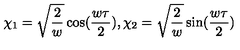
\chi _ { 1 } = \sqrt { \frac { 2 } { w } } \cos ( \frac { w \tau } { 2 } ) , { } \chi _ { 2 } = \sqrt { \frac { 2 } { w } } \sin ( \frac { w \tau } { 2 } )